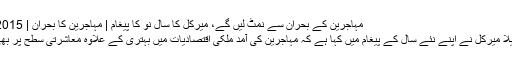
مہاجرین کے بحران سے نمٹ لیں گے، میرکل کا سالِ نو کا پیغام | مہاجرین کا بحران | DW | 31.12.2015
جرمن چانسلر انگیلا میرکل نے اپنے نئے سال کے پیغام میں کہا ہے کہ مہاجرین کی آمد ملکی اقتصادیات میں بہتری کے علاوہ معاشرتی سطح پر بھی فائدہ مند ہو گی۔